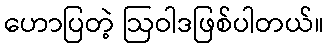
ဟောပြတဲ့ ဩဝါဒဖြစ်ပါတယ်။